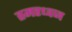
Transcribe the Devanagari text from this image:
तमरध्वज